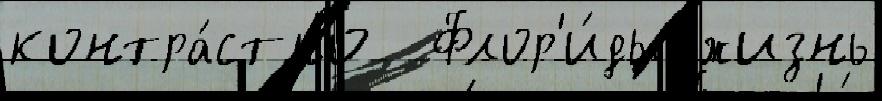
контра́стно  Флор'и́ды жизнь